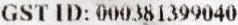
GST ID: 000381399040